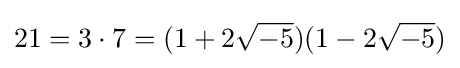
21=3\cdot 7=(1+2{\sqrt {-5}})(1-2{\sqrt {-5}})